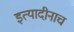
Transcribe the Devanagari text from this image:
इत्यादीनाच